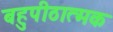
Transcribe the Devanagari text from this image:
बहुपीठात्मक